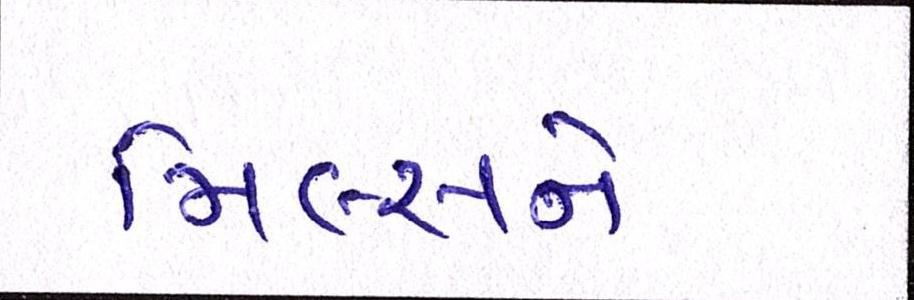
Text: મિલ્સને